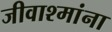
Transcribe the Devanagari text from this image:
जीवाश्मांना